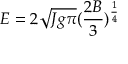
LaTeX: E = 2 \sqrt { J g \pi } ( \frac { 2 B } { 3 } ) ^ { \frac { 1 } { 4 } }